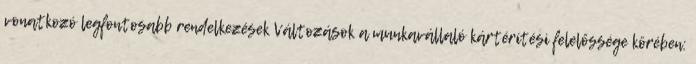
vonatkozó legfontosabb rendelkezések Változások a munkavállaló kártérítési felelőssége körében: